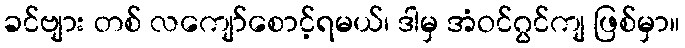
ခင်ဗျား တစ် လကျော်စောင့်ရမယ်၊ ဒါမှ အံဝင်ဂွင်ကျ ဖြစ်မှာ။